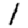
Digit: 1